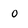
Character: O